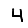
Digit: 4